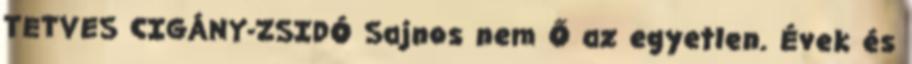
TETVES CIGÁNY-ZSIDÓ Sajnos nem Ő az egyetlen. Évek és